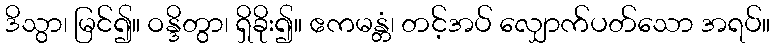
ဒိသွာ၊ မြင်၍။ ဝန္ဒိတွာ၊ ရှိခိုး၍။ ဧကမန္တံ၊ တင့်အပ် လျှောက်ပတ်သော အရပ်။